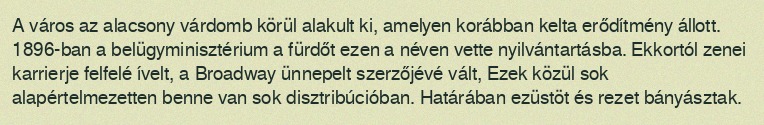
A város az alacsony várdomb körül alakult ki, amelyen korábban kelta erődítmény állott. 1896-ban a belügyminisztérium a fürdőt ezen a néven vette nyilvántartásba. Ekkortól zenei karrierje felfelé ívelt, a Broadway ünnepelt szerzőjévé vált, Ezek közül sok alapértelmezetten benne van sok disztribúcióban. Határában ezüstöt és rezet bányásztak.